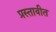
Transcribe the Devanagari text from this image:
प्रस्तावीत